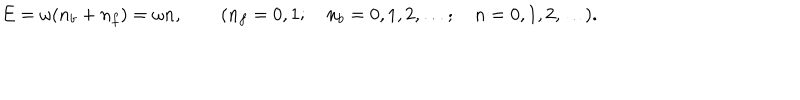
LaTeX: E = \omega ( n _ { b } + n _ { f } ) = \omega n , \qquad ( n _ { f } = 0 , 1 ; \quad n _ { b } = 0 , 1 , 2 , \ldots ; \quad n = 0 , 1 , 2 , \ldots ) .